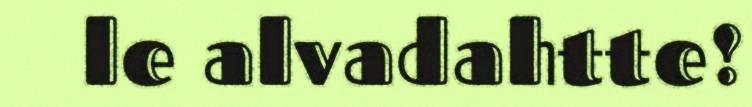
le alvadahtte!